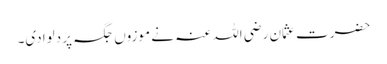
حضرت عثمان رضی اللہ عنہ نے موزوں جگہ پر دلوادی۔